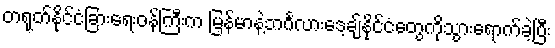
တရုတ်နိုင်ငံခြားရေးဝန်ကြီးက မြန်မာနဲ့ဘင်္ဂလားဒေ့ချ်နိုင်ငံတွေကိုသွားရောက်ခဲ့ပြီး